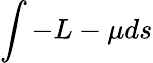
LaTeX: \int-L-\mu ds